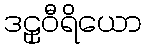
ဒဠှဝီရိယော